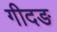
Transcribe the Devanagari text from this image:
गीदङ